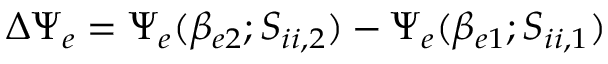
\Delta \Psi _ { e } = \Psi _ { e } ( \beta _ { e 2 } ; S _ { i i , 2 } ) - \Psi _ { e } ( \beta _ { e 1 } ; S _ { i i , 1 } )